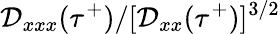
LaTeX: \mathcal{D}_{xxx}(\tau^{+})/[\mathcal{D}_{xx}(\tau^{+})]^{3/2}